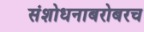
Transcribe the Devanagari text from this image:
संशोधनाबरोबरच